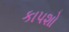
કાપશો